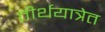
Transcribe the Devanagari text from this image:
तीर्थयात्रेत